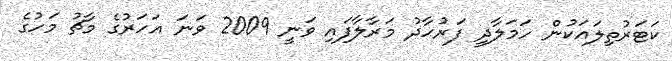
ކަޓަރުތިލައަކުން ހަމަލާދީ ފަރުހާދު މަރާލާފައި ވަނީ 2009 ވަނަ އަހަރުގެ މާޗު މަހުގެ